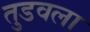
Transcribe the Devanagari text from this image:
तुडवला